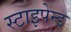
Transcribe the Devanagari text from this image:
स्टाइपेन्ड